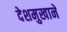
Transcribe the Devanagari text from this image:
देशमुखानें